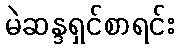
မဲဆန္ဒရှင်စာရင်း